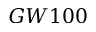
G W 1 0 0